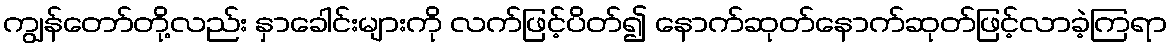
ကျွန်တော်တို့လည်း နှာခေါင်းများကို လက်ဖြင့်ပိတ်၍ နောက်ဆုတ်နောက်ဆုတ်ဖြင့်လာခဲ့ကြရာ